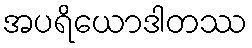
အပရိယောဒါတဿ